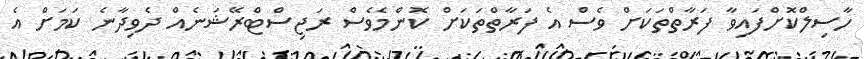
ހާސިލްކޮށްފައިވާ ފަރާތްތަކަށް ވެސް އެ ފަރާތްތަކަށް ކޮންމެވެސް ރަޖިސްޓްރޭޝަނެއް ދެވިދާނެ ކަމަށް އެ